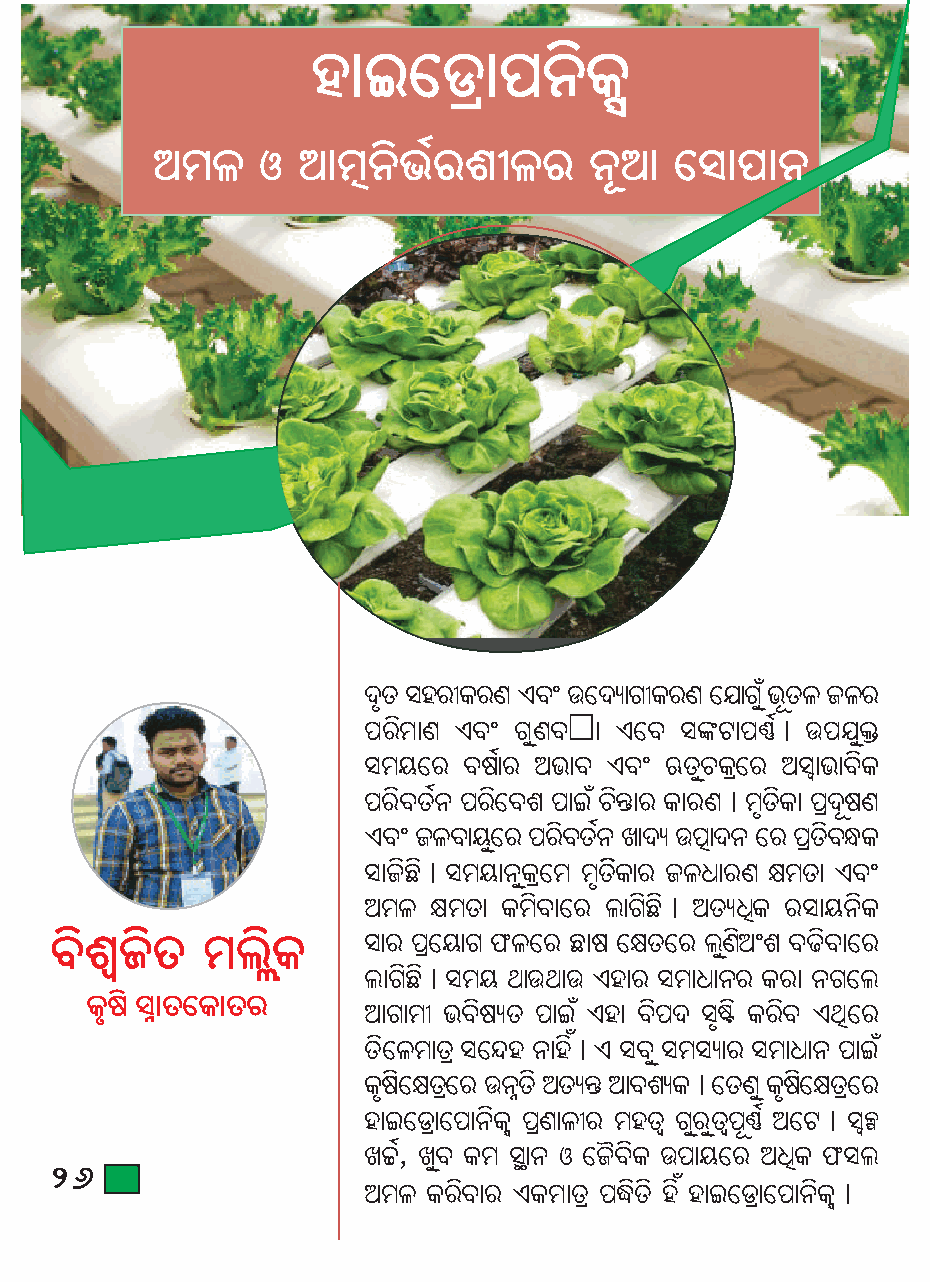
jûAùWâû_^Kò          è
 @ck    I  @ûcô^òbðegúke      ^ì@û  ùiû_û^
 \Zé ijeúKeY Gaõ Cù\ýûMúKeY ù~ûM êñbZì k Rke
 _eòcûY Gaõ MêYa•û Gùa iuUû_‰ðö C_~êq
 icdùe  ahðûe @bûa Gaõ EZêPKâùe @ÊûbûaòK
 _eòaZð^ _eòùag _ûAñ Pò«ûe KûeYö céZòKû _â\ìhY
 Gaõ Rkaûdùê e _eaò Z^ð Lû\ý C_ûô\^ ùe _Zâ aò §K
 iûRòQòö icdû^êKâùc céZòòKûe Rk]ûeY lcZû Gaõ
 @ck  lcZû Kcòaûùe fûMòQòö @Zý]ôK eiûd^òK
 aògßRòZ   cfäòK     iûe _âùdûM `kùe Qûh ùlZùe fêYò@õg aXòaûùe
 fûMòQòö icd [ûC[ûC Gjûe icû]û^e Keû ^Mùf
 Kéh ò iÜûZùKûZe
 @ûMûcú baòhýZ _ûAñ Gjû aò_\ iéÁò Keòa G[ôùe
 ZòùkcûZâ iù¦j ^ûjóö G iaê iciýûe icû]û^ _ûAñ
 Khé ùò lZùâ e C^ZÜ ò @Zý« @ûagýKö ùZY ê Khé ùò lZùâ e
 jûAùWâûù_û^òKè _âYûkúe cjZß MêeêZß_ì‰ð @ùUö ÊÌ
 Lyð, Lêa Kc iÚû^ I ùR÷aòK C_ûdùe @]ôK `if
 26
 @ck  Keòaûe GKcûZâ _¡òZò jó jûAùWâûù_û^òKèö